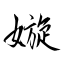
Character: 嫙